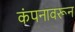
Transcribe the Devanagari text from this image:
कंपनावरून